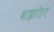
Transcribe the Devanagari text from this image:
बाह्यांतर